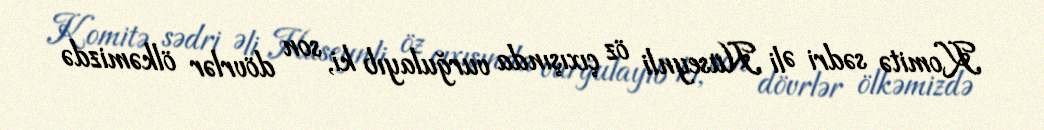
Komitə sədri Əli Hüseynli öz çıxışında vurğulayıb ki, son dövrlər ölkəmizdə